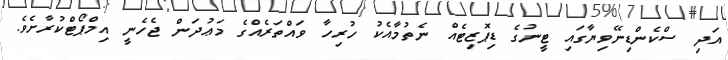
އަދި ސްކެންޑިނޭވިޔާގައި ޓީނުގެ ޑިޕޮޒިޓެއް ނެތުމާއެކު ހުރިހާ ވައްތަރެއްގެ މަޢުދަން ޖެހެނީ އިމްޕޯޓްކުރާށެވެ.